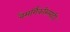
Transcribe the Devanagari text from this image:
नैसर्गिकरित्याही